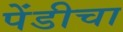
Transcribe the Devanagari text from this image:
पेंडीचा